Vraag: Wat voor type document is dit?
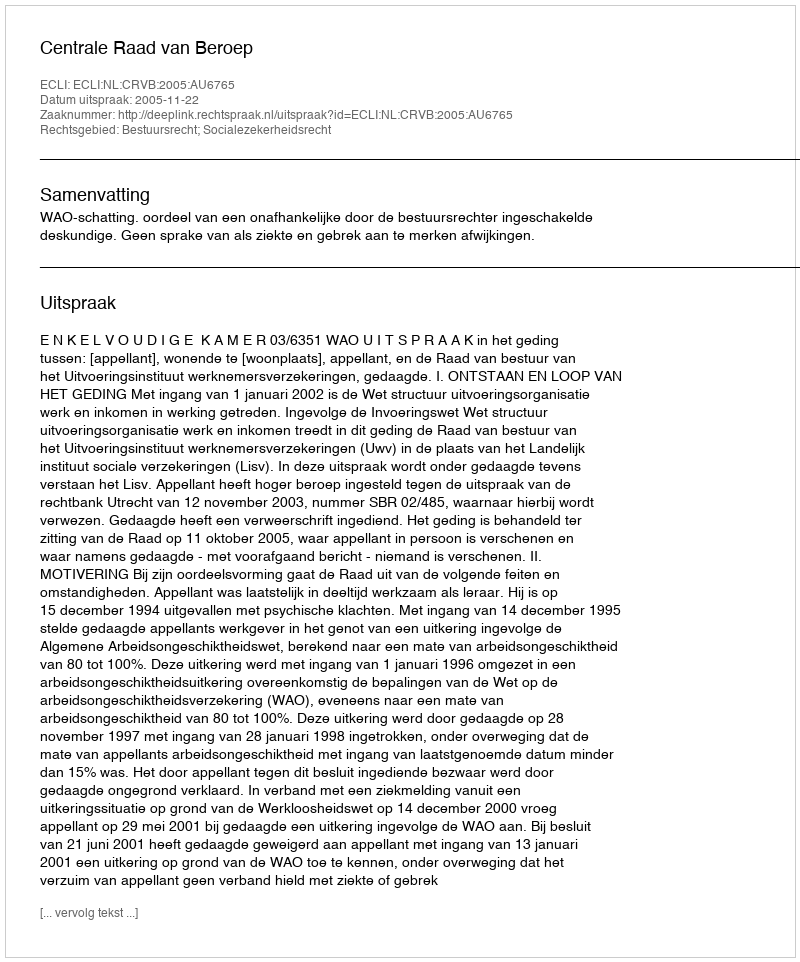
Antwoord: Uitspraak